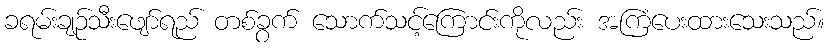
ခရမ်းချဉ်သီးဖျော်ရည် တစ်ခွက် သောက်သင့်ကြောင်းကိုလည်း အကြံပေးထားသေးသည်။